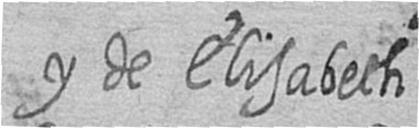
y de Elisabeth